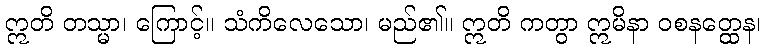
ဣတိ တသ္မာ၊ ကြောင့်။ သံကိလေသော၊ မည်၏။ ဣတိ ကတွာ ဣမိနာ ဝစနတ္ထေန၊